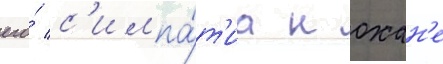
его́ с'импа́т'иа к охан'е